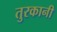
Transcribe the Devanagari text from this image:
तुरकानी